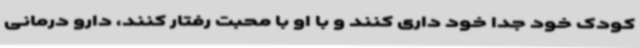
کودک خود جداً خود داری کنند و با او با محبت رفتار کنند، دارو درمانی